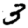
Digit: 3